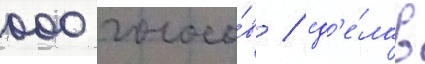
000 голосо́в / сд'е́лав